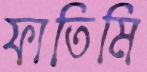
ফাতিমি